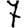
Digit: 7